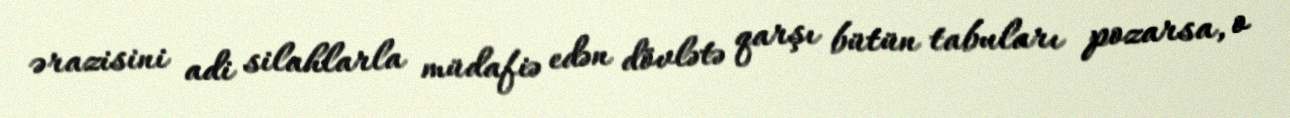
ərazisini adi silahlarla müdafiə edən dövlətə qarşı bütün tabuları pozarsa, o